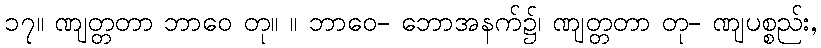
၁၇။ ဏျတ္တတာ ဘာဝေ တု။ ။ ဘာဝေ- ဘောအနက်၌၊ ဏျတ္တတာ တု- ဏျပစ္စည်း,